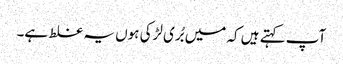
آپ کہتے ہیں کہ میں بُری لڑکی ہوں یہ غلط ہے۔